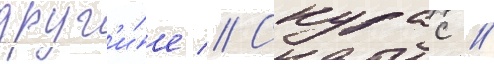
друг'и́е // Скурас /